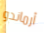
أرماندو